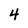
Character: 4